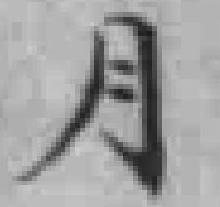
月